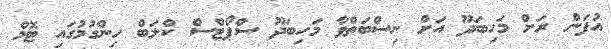
އުފަން ރަށް މަހިބަދޫ އަށް ނިސްބަތްވާ މަހިބަދޫ ސްޕޯޓްސް ކްލަބް ހިންގުމުގައި ޓޮމް